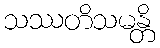
သဿတိသမန္တိ